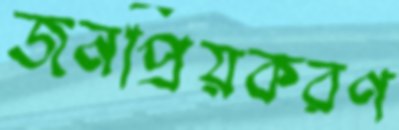
জনপ্রিয়করণ